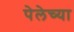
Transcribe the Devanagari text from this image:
पेलेच्या